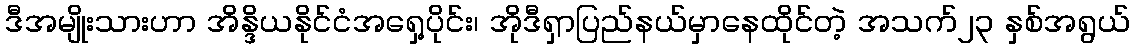
ဒီအမျိုးသားဟာ အိန္ဒိယနိုင်ငံအရှေ့ပိုင်း၊ အိုဒီရှာပြည်နယ်မှာနေထိုင်တဲ့ အသက်၂၃ နှစ်အရွယ်